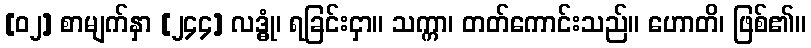
[၀၂] စာမျက်နှာ [၂၄၄] လဒ္ဓုံ၊ ရခြင်းငှာ။ သက္ကာ၊ တတ်ကောင်းသည်။ ဟောတိ၊ ဖြစ်၏။